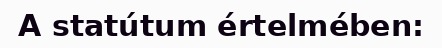
A statútum értelmében: